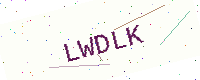
Text: LWDLK